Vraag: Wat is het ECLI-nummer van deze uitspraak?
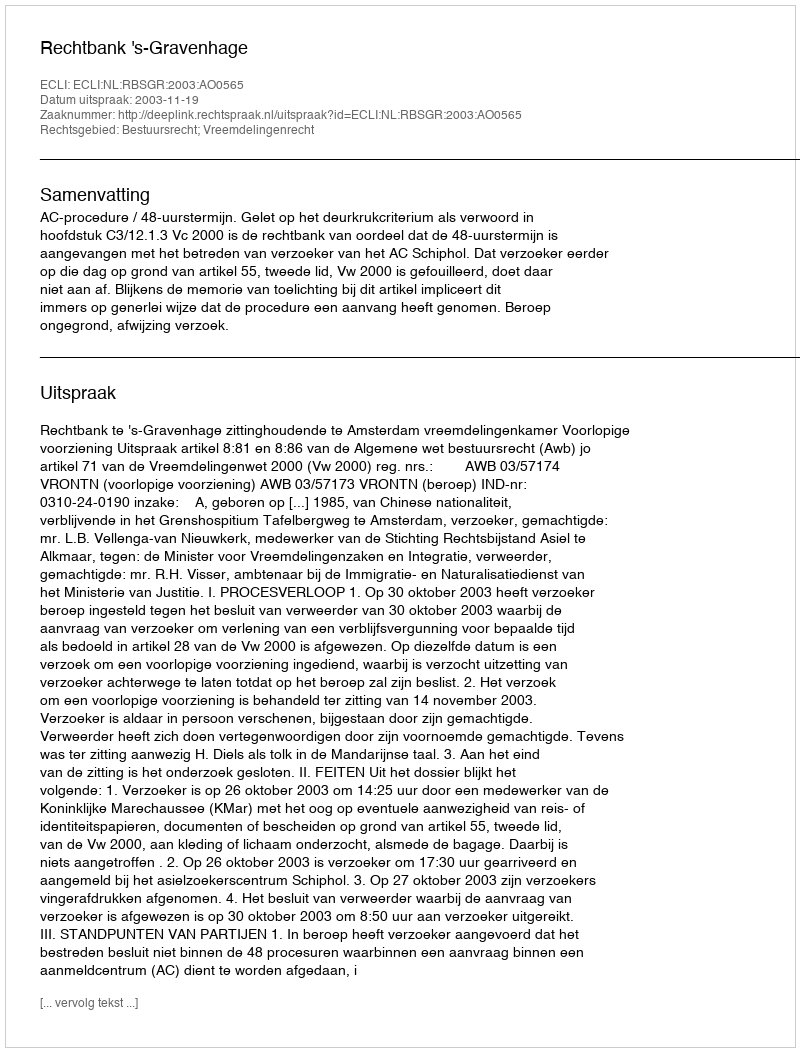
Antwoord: ECLI:NL:RBSGR:2003:AO0565